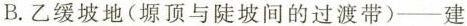
B. 乙缓坡地(塬顶与陡坡间的过渡带)-建